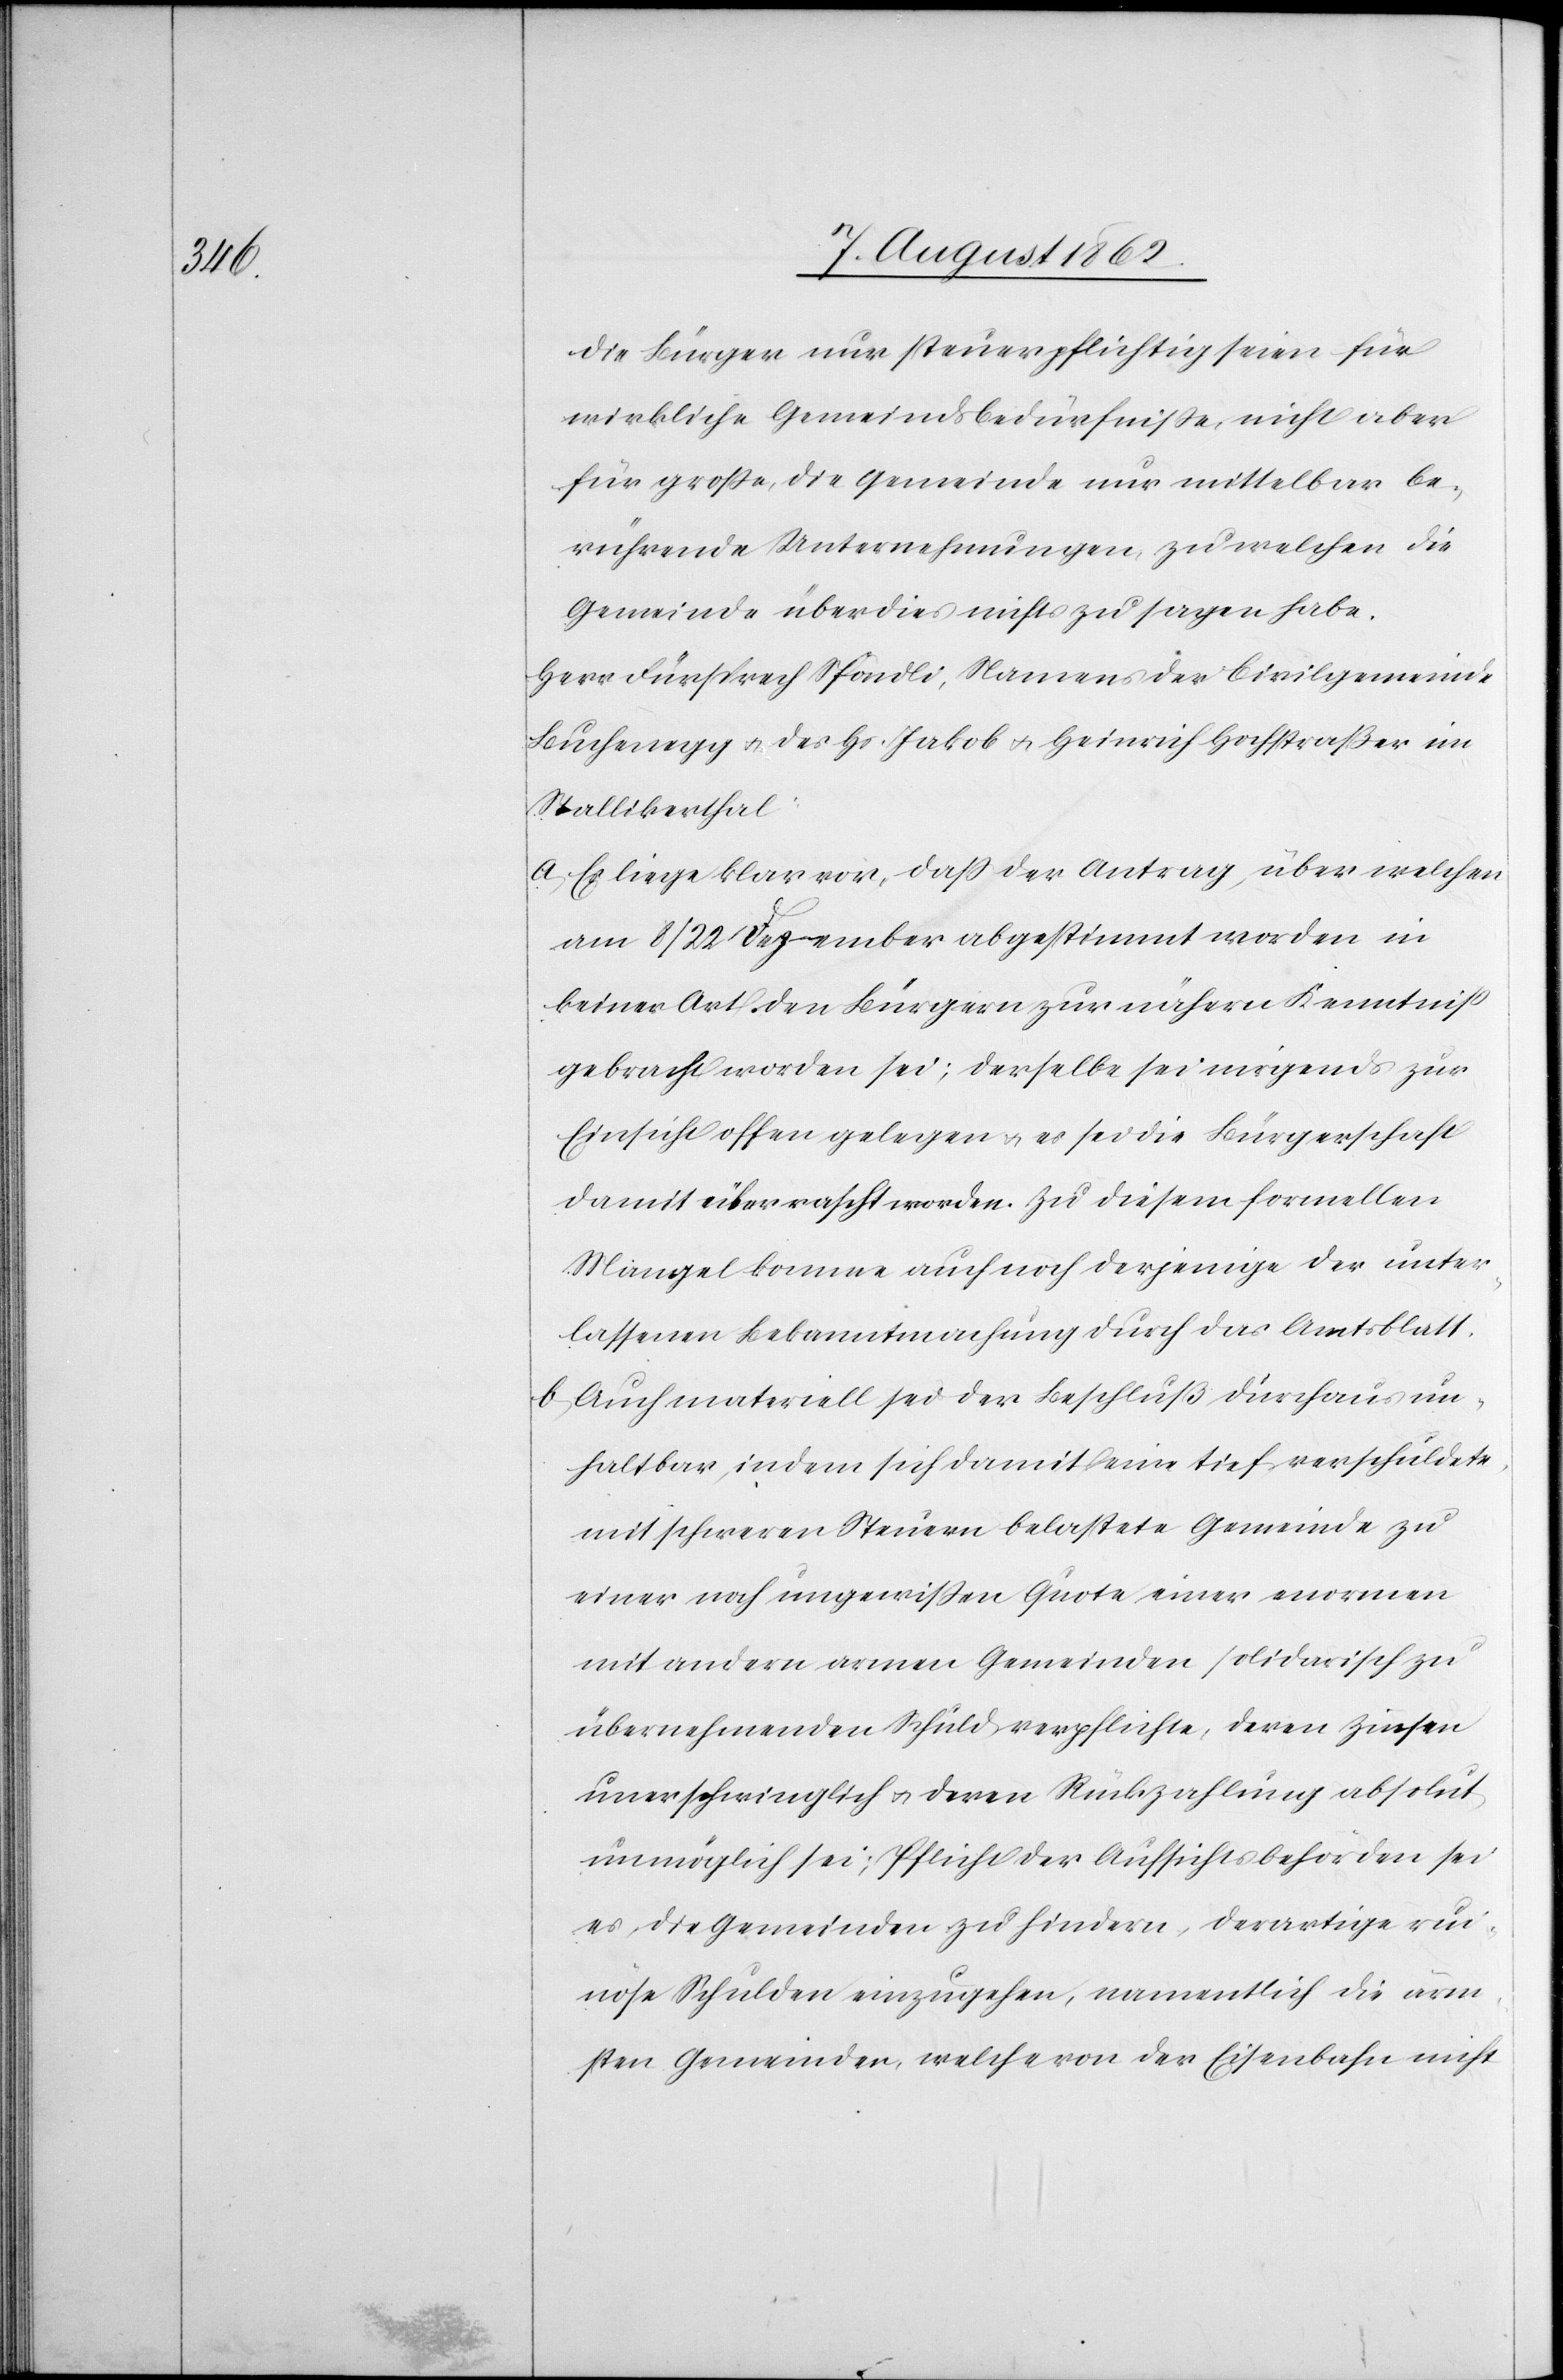
die Bürger nur steuerpflichtig seien für
wirkliche Gemeindsbedürfnisse, nicht aber
für große, die Gemeinde nur mittelbar be¬
rührende Unternehmungen, zu welchen die
Gemeinde über dies nichts zu sagen habe.
Herr Fürsprech Spöndli, Namens der Civilgemeinde
Buchenegg u. des Hs. Jakob u. Heinrich Hochstraßer im
Stallikerthal.
a. Es liege klar vor, daß der Antrag, über welchen
am 8/22. Dezember abgestimmt worden in
keiner Art den Bürgern zur nähern Kenntniß
gebracht worden sei; derselbe sei nirgends zur
Einsicht offen gelegen u. sei die Bürgerschaft
damit überrascht worden. Zu diesem formellen
Mangel komme auch noch derjenige der unter¬
lassenen Bekanntmachung durch das Amtsblatt.
b. Auch materiell sei der Beschluß durchaus un¬
haltbar, indem sich damit eine tief verschuldete,
mit schweren Steuern belastete Gemeinde zu
einer noch ungewißen Quote einer enormen
mit andern armen Gemeinden solidarisch zu
übernehmenden Schuld verpflichtet, deren Zinsen
unerschwinglich u. deren Rückzahlung absolut
unmöglich sei; Pflicht der Aufsichtsbehörden sei
es, die Gemeinden zu finden, derartige rui¬
nöse Schulden einzugehen, namentlich die ärm¬
sten Gemeinden, welche von der Eisenbahn nicht